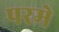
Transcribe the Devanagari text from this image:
परमे